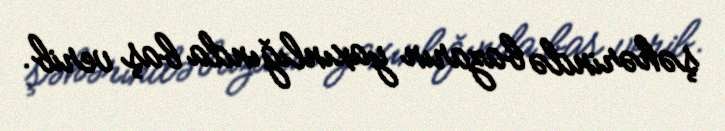
şəhərində bazarın yaxınlığında baş verib.